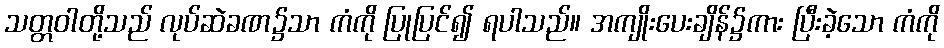
သတ္တဝါတို့သည် လုပ်ဆဲခဏ၌သာ ကံကို ပြုပြင်၍ ရပါသည်။ အကျိုးပေးချိန်၌ကား ပြီးခဲ့သော ကံကို